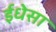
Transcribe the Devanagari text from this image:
ईधेसा